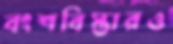
বংশবিস্তারও